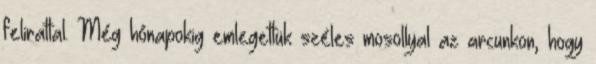
felirattal. Még hónapokig emlegettük széles mosollyal az arcunkon, hogy